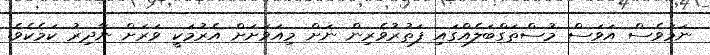
ނަމަވެސް އަވަސް މުސްތަގްބަލެއްގައި ފަތުރުވެރިން ނަށް މިއަވަށަށް އެރުމަކީ ވަރަށް ނާދިރު ކަމެކެވެ.